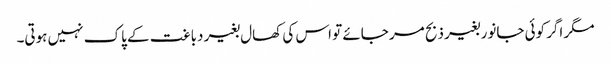
مگر اگر کوئی جانور بغیر ذبح مر جائے تو اس کی کھال بغیر دباغت کے پاک نہیں ہوتی۔